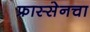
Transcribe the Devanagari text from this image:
फ्रास्सेनचा